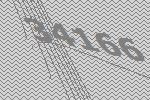
34166